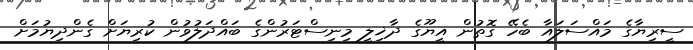
ސީރިޔާގެ މައްސަލައާ ބެހޭ ގޮތުން އީޔޫގެ ދާޚިލީ މިނިސްޓަރުންގެ ބައްދަލުވުން ކުރިޔަށް ގެންދިޔުމަށް